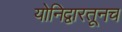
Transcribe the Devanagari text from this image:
योनिद्वारतूनच